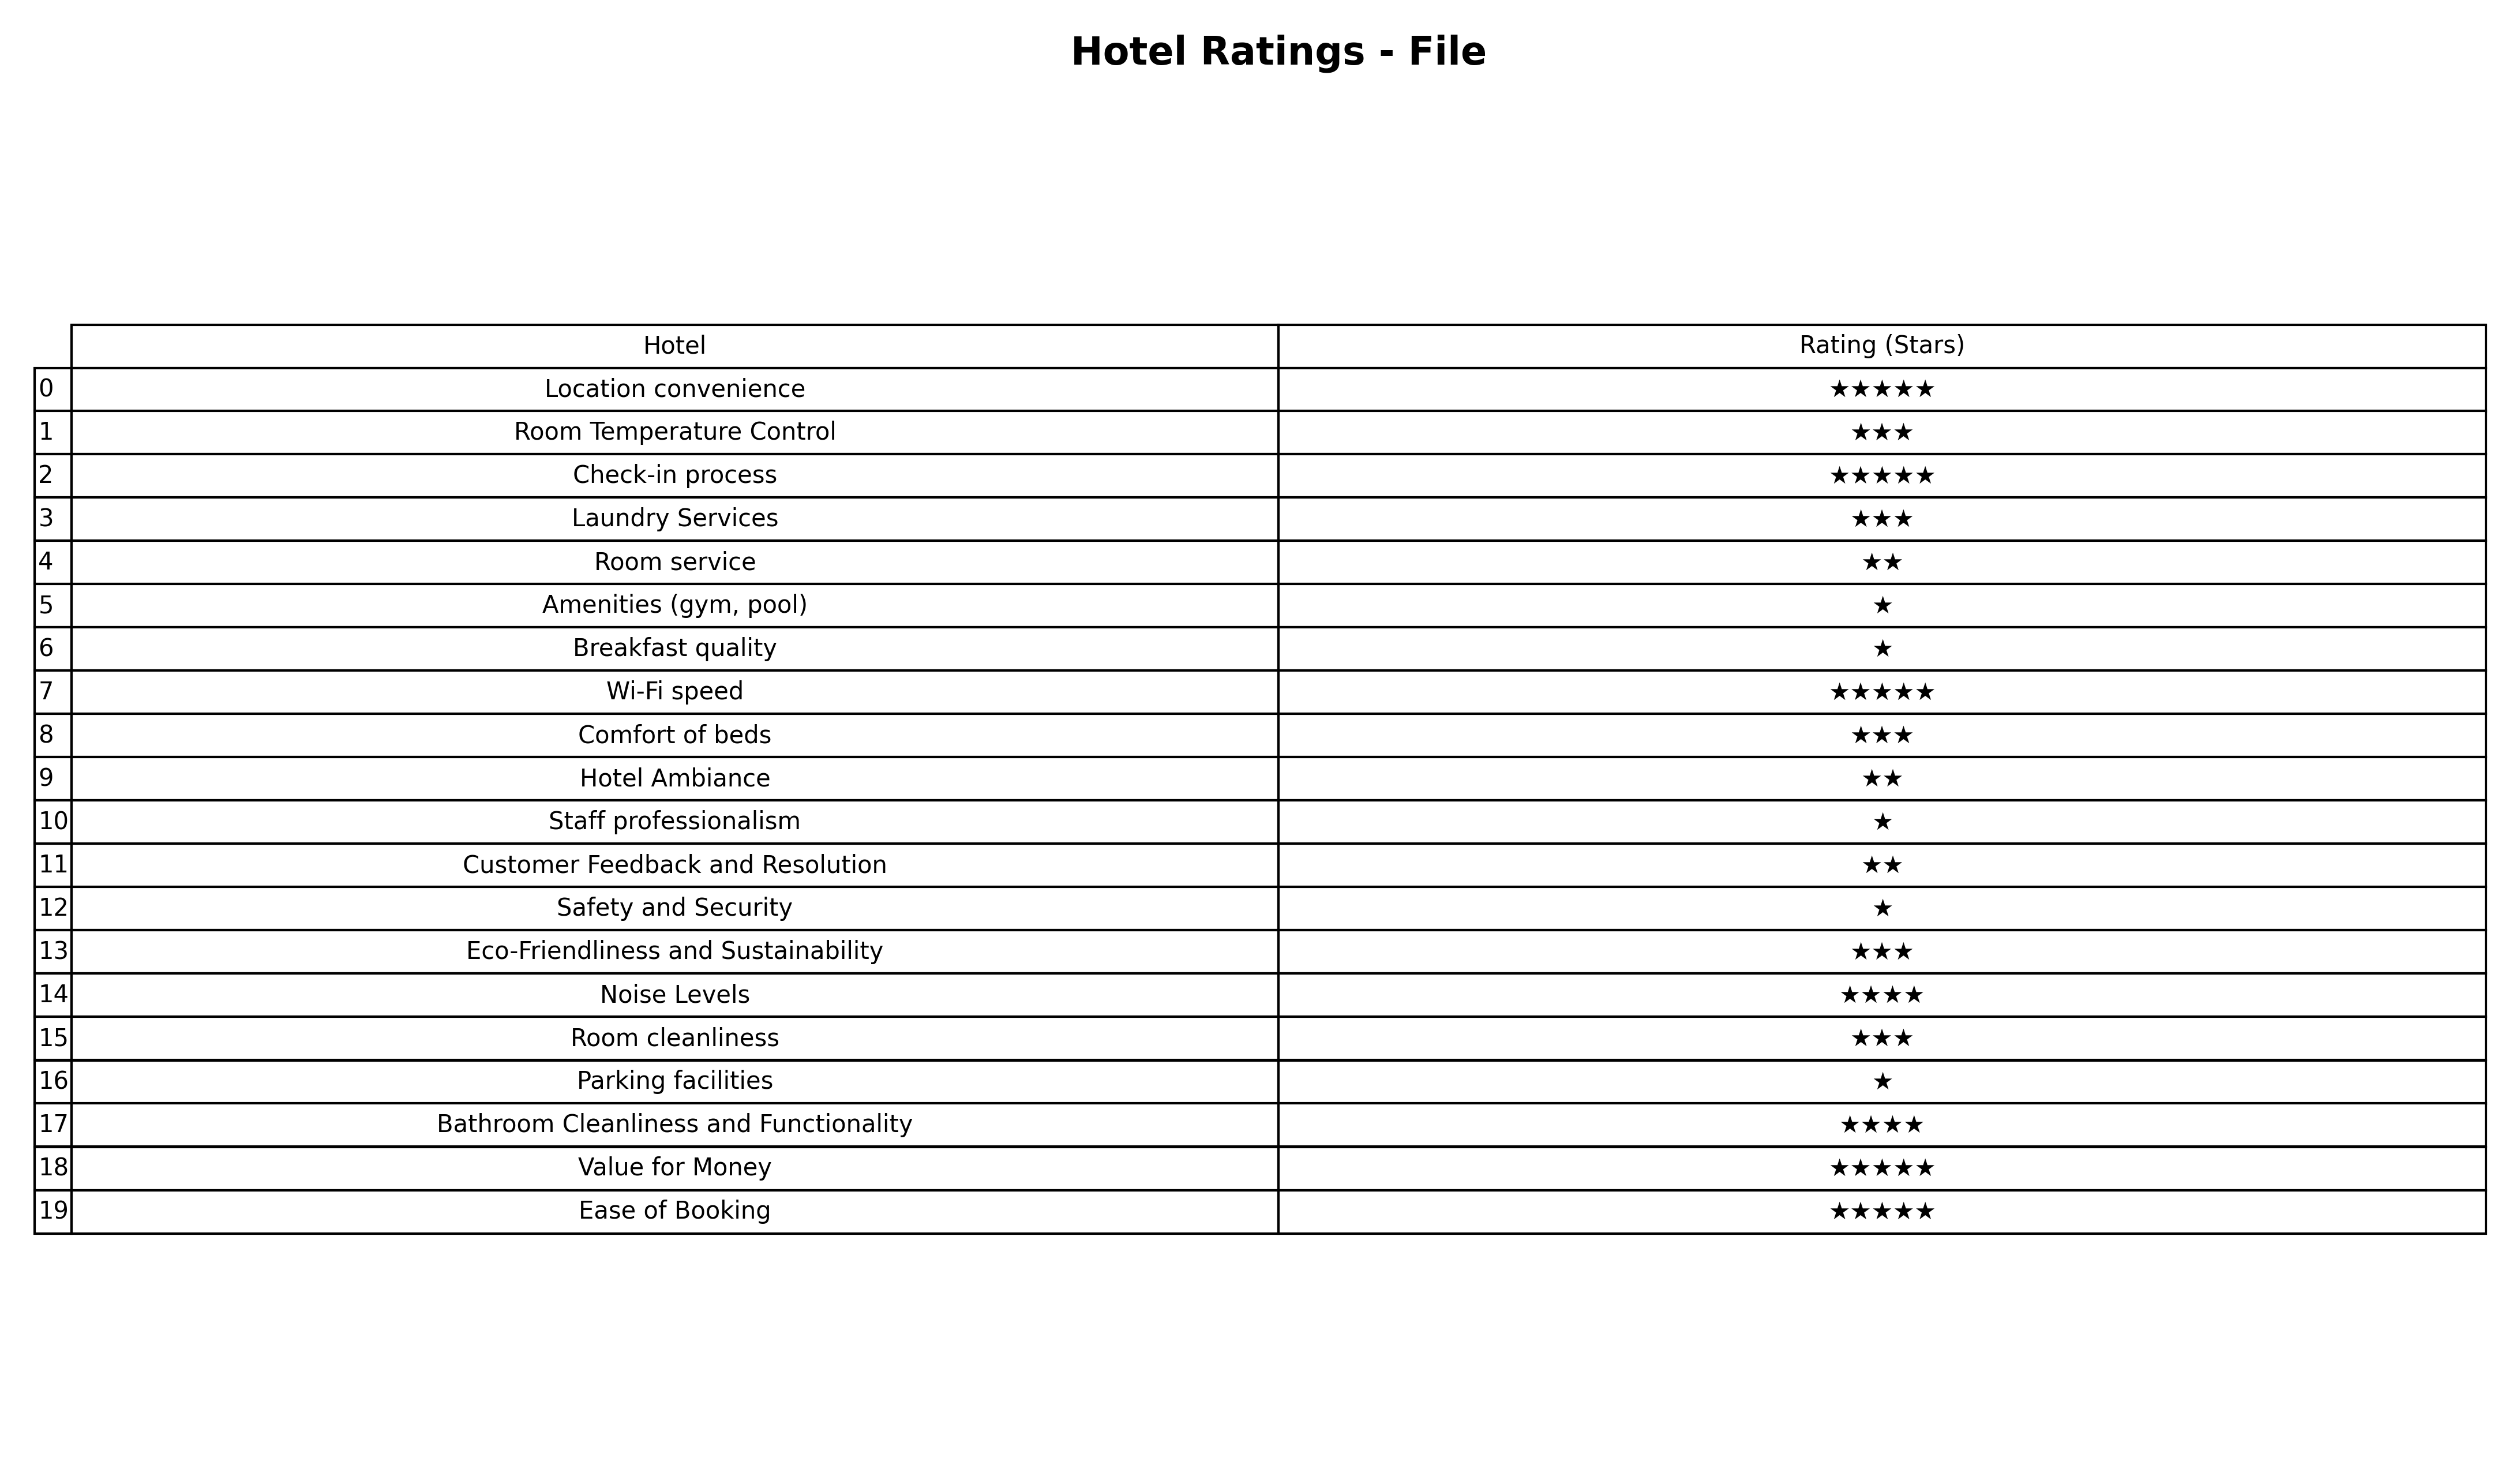
question: Which services are rated average?
answer: Room Temperature ControlLaundry ServicesComfort of bedsEco-Friendliness and SustainabilityRoom cleanliness